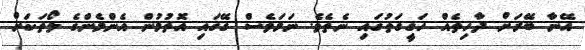
އޭނާ ބޭރަށް ދާހިތެއް ހަގީގަތުގައި ނެތެވެ. ނަމަވެސް ގޭގައި އޮތުމުން އެންމެންގެ ލޯތަކަށް